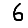
Digit: 6